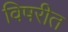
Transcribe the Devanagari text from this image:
विषरीत